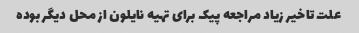
علت تاخیر زیاد مراجعه پیک برای تهیه نایلون از محل دیگر بوده